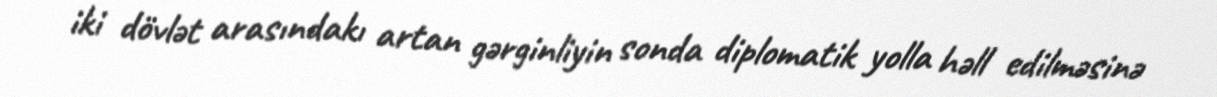
iki dövlət arasındakı artan gərginliyin sonda diplomatik yolla həll edilməsinə